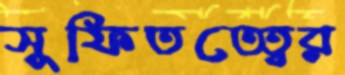
সুফিতত্ত্বের